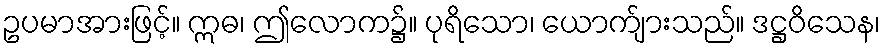
ဥပမာအားဖြင့်။ ဣဓ၊ ဤလောက၌။ ပုရိသော၊ ယောက်ျားသည်။ ဒဋ္ဌဝိသေန၊